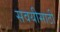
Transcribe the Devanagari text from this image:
सवयीसाठी